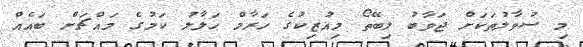
މި ސުވާލުތަކަށް ޖަވާބު ލިބޭތޯ މިއުޒިކުގެ ހަރާމް ހަލާލު ކަމުގެ މައްޗަށް ބައެއް